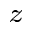
_ z